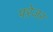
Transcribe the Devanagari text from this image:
फ्ऱेजर